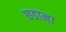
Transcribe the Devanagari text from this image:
छडाना